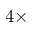
4 \times